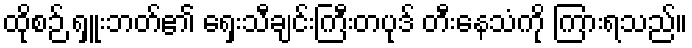
ထိုစဉ် ရှူးဘတ်၏ ရှေးသီချင်းကြီးတပုဒ် တီးနေသံကို ကြားရသည်။